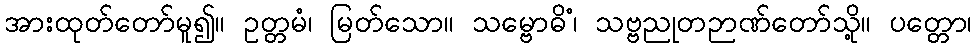
အားထုတ်တော်မူ၍။ ဥတ္တမံ၊ မြတ်သော။ သမ္ဗောဓိံ၊ သဗ္ဗညုတဉာဏ်တော်သို့။ ပတ္တော၊